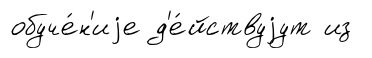
обуче́н'иjе д'е́йствуjут из